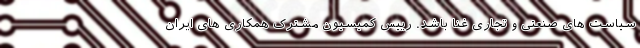
سیاست های صنعتی و تجاری غنا باشد. رییس کمیسیون مشترک همکاری های ایران